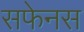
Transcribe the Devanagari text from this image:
सफेनस